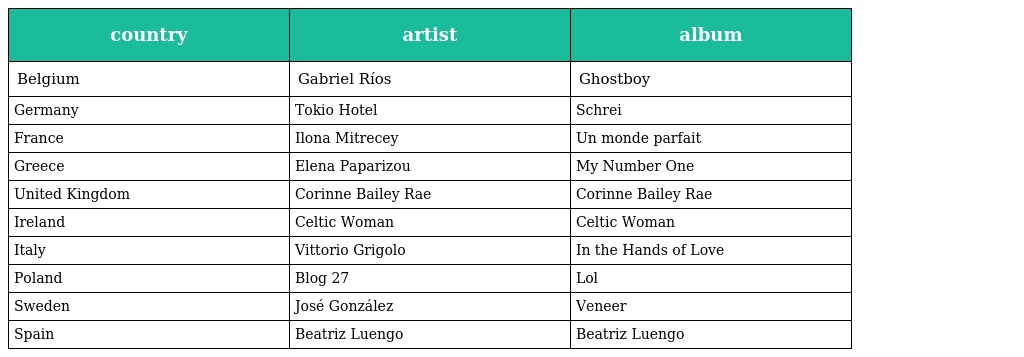
| country | artist | album |
 | --- | --- | --- |
 | Belgium | Gabriel Ríos | Ghostboy |
 | Germany | Tokio Hotel | Schrei |
 | France | Ilona Mitrecey | Un monde parfait |
 | Greece | Elena Paparizou | My Number One |
 | United Kingdom | Corinne Bailey Rae | Corinne Bailey Rae |
 | Ireland | Celtic Woman | Celtic Woman |
 | Italy | Vittorio Grigolo | In the Hands of Love |
 | Poland | Blog 27 | Lol |
 | Sweden | José González | Veneer |
 | Spain | Beatriz Luengo | Beatriz Luengo |